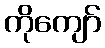
ကိုကျော်